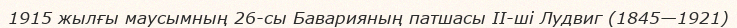
1915 жылғы маусымның 26-сы Баварияның патшасы II-ші Лудвиг (1845—1921)